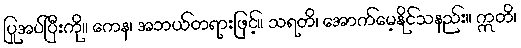
ပြုအပ်ပြီးကို။ ကေန၊ အဘယ်တရားဖြင့်။ သရတိ၊ အောက်မေ့နိုင်သနည်း။ ဣတိ၊